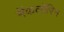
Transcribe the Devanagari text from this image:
मॅकलॉरिन